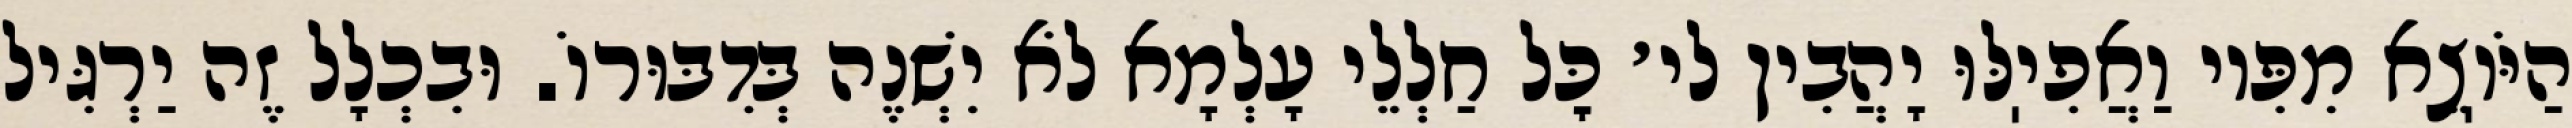
הַיֹּוֽצֵא מִפִּיו וַאֲפִיֽלּוּ יָהֲבִין לי׳ כׇּל חַלְלֵי עָלְמָא לֹא יִשְׁנֶה בְּדִבּוּרוֹ. וּבִכְלָל זֶה יַרְגִּיל